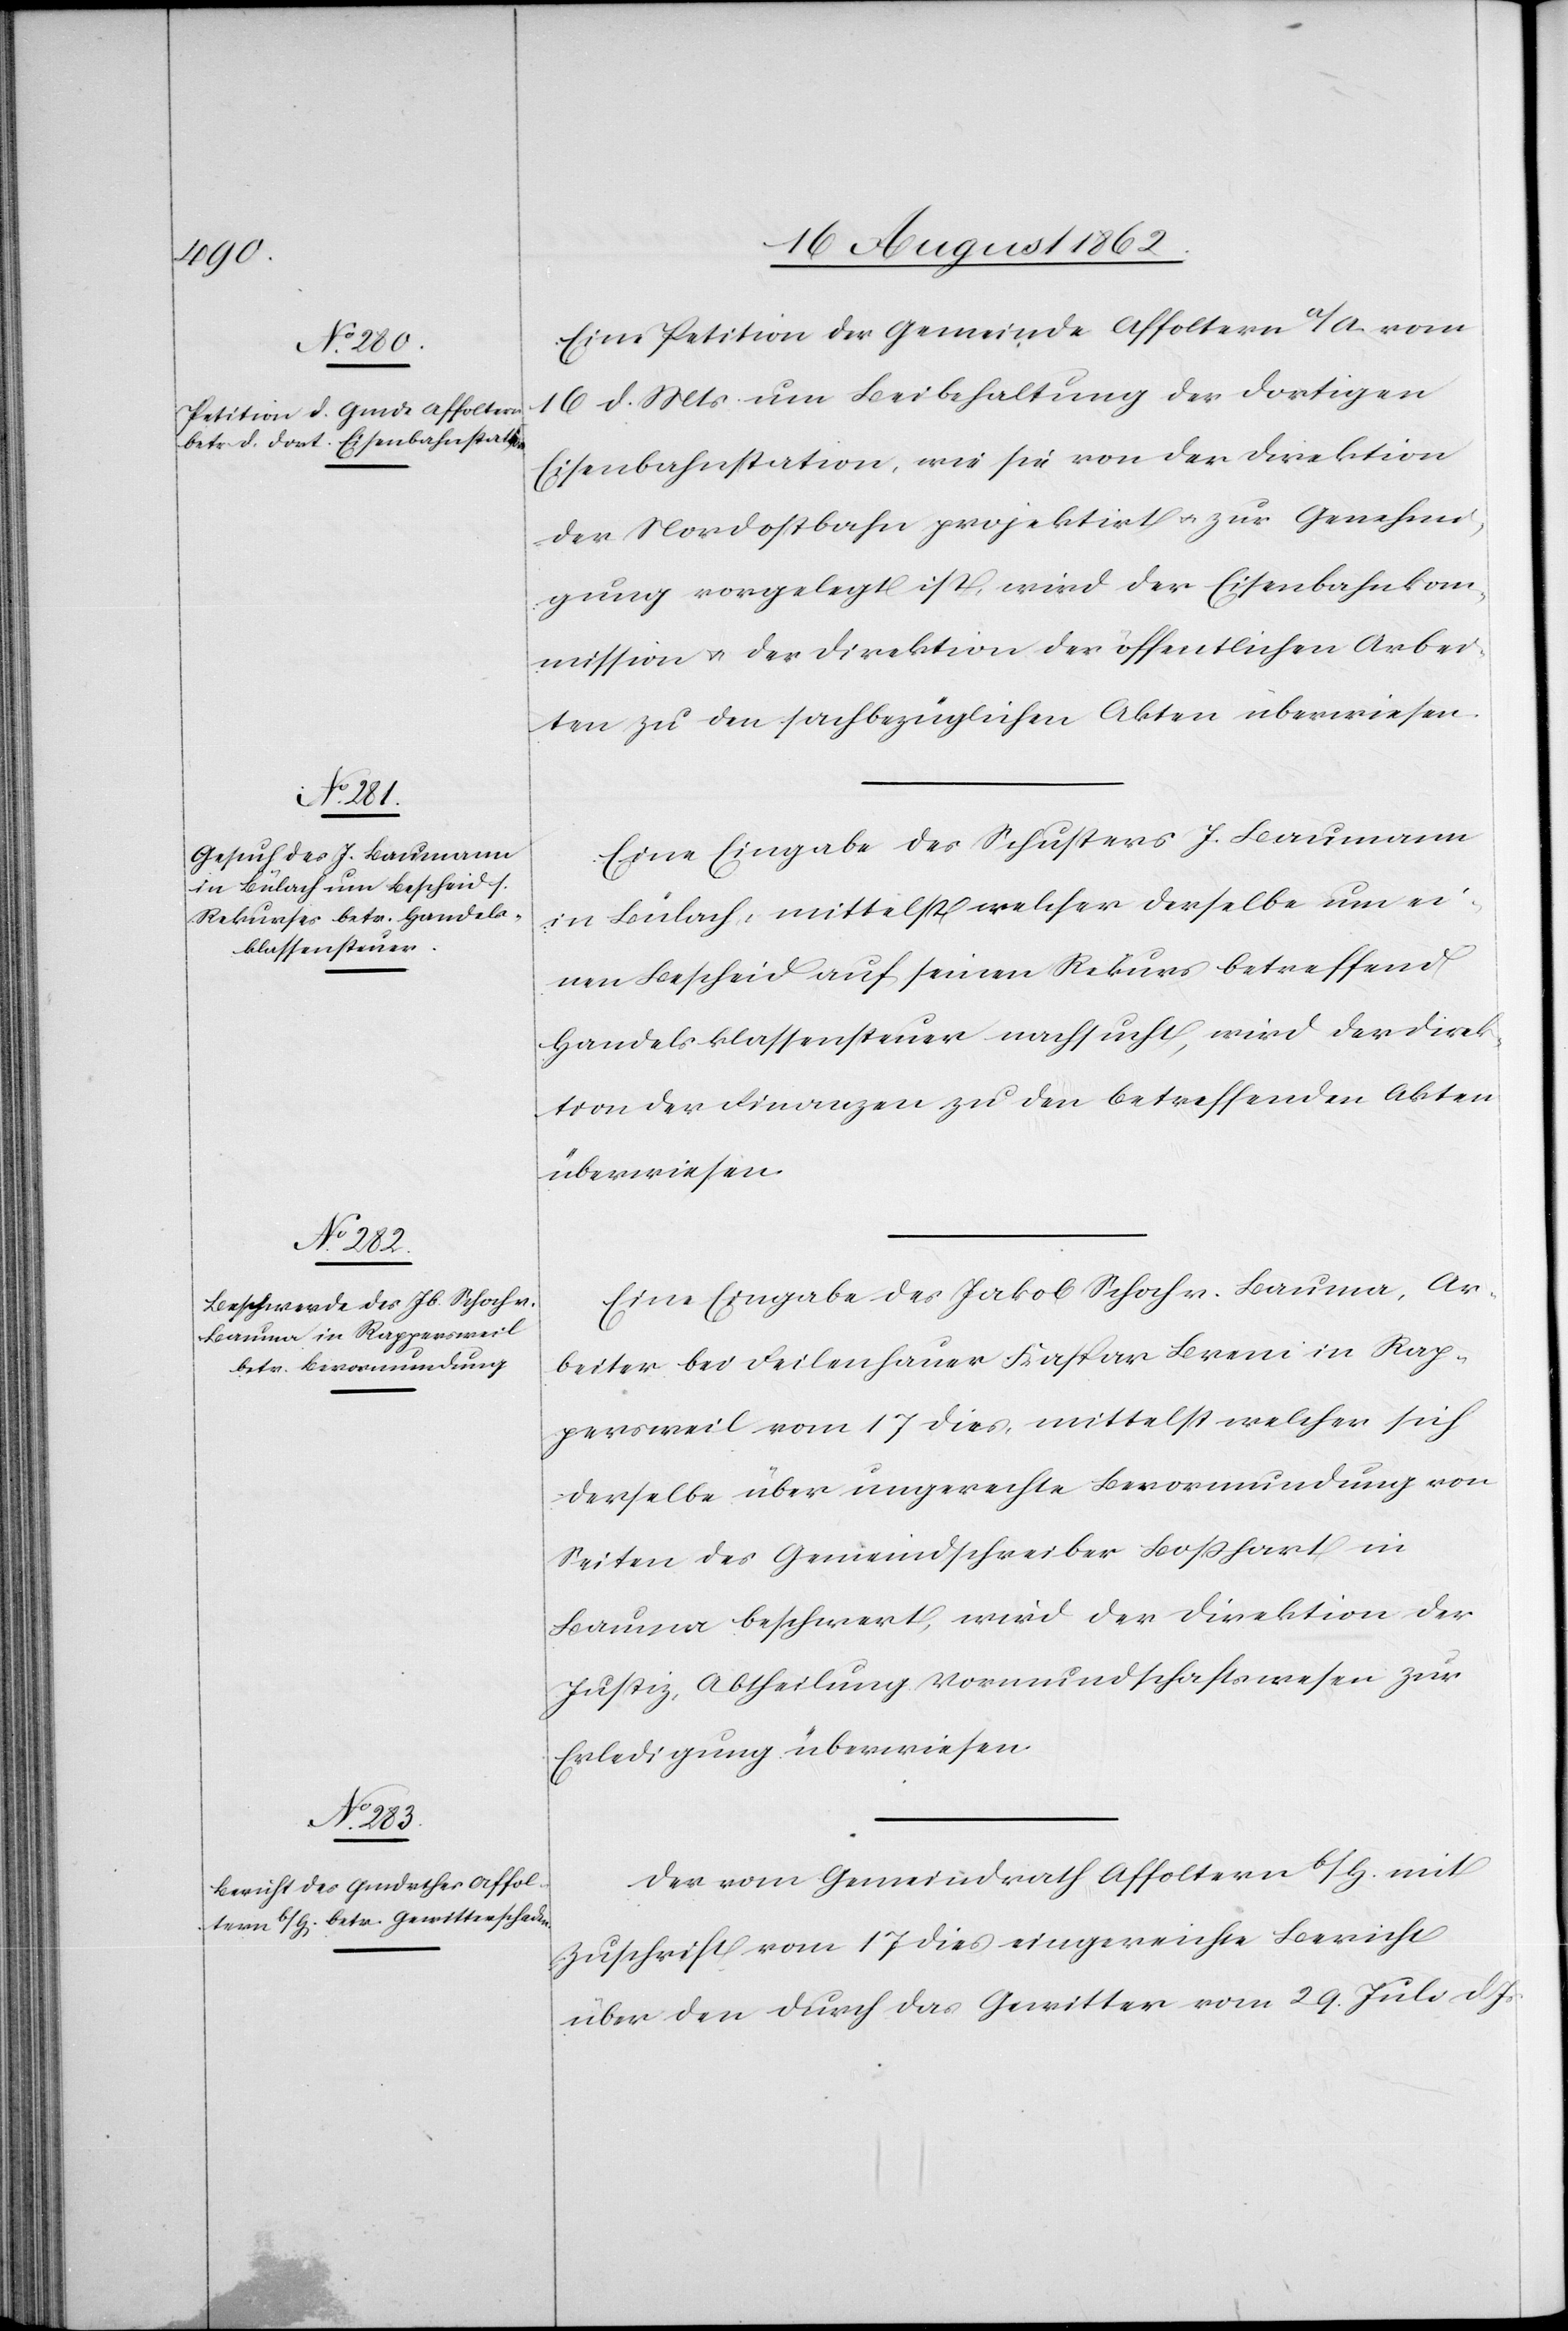
21. August 1862.]
Eine Petition der Gemeinde Affoltern a/A. vom
16. d. Mts. um Beibehaltung der dortigen
Eisenbahnstation, wie sie von der Direktion
der Nordostbahn projektirt u. zur Genehmi¬
gung vorgelegt ist, wird der Eisenbahnkom¬
mission u. der Direktion der öffentlichen Arbei¬
ten zu den sachbezüglichen Akten überwiesen.
Eine Eingabe des Schusters J. Baumann
in Bülach, mittelst welcher derselbe um ei¬
nen Bescheid auf seinen Rekurs betreffend
Handelsklassensteuer nachsucht, wird der Direk¬
tion der Finanzen zu den betreffenden Akten
überwiesen.
Eine Eingabe des Jakob Schoch v. Bauma, Ar¬
beiter bei Feilenhauer Kaspar Breni in Rap¬
persweil vom 17. dies, mittelst welcher sich
derselbe über ungerechte Bevormundung von
Seiten des Gemeindschreiber Boßhart in
Bauma beschwert, wird der Direktion der
Justiz, Abtheilung Vormundschaftswesen zur
Erledigung überwiesen.
Der vom Gemeindrath Affoltern b/H. mit
Zuschrift vom 17. dies eingereichte Bericht
über den durch das Gewitter vom 19. Juli d. Js.